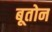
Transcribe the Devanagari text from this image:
बूतोन